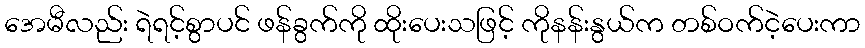
အေမီလည်း ရဲရင့်စွာပင် ဖန်ခွက်ကို ထိုးပေးသဖြင့် ကိုနန်းနွယ်က တစ်ဝက်ငဲ့ပေးကာ